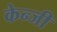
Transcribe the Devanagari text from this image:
केन्जी